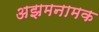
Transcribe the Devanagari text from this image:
अझमनामक